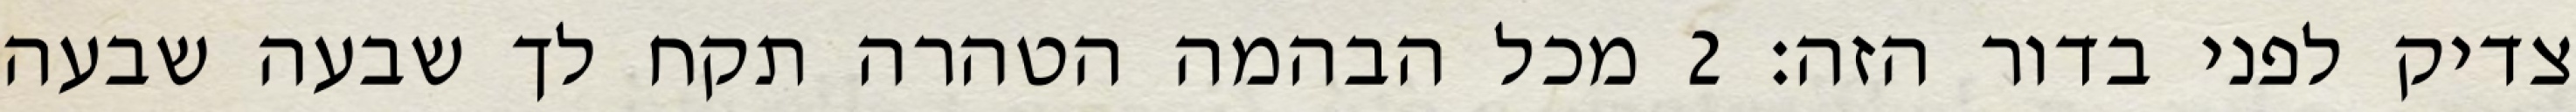
צדיק לפני בדור הזה׃ ‎2‏ מכל הבהמה הטהרה תקח לך שבעה שבעה